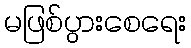
မဖြစ်ပွားစေရေး